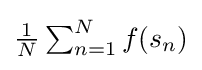
\textstyle {\frac {1}{N}}\sum _{n=1}^{N}f(s_{n})